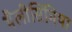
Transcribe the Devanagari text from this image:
थैलीसिमिया